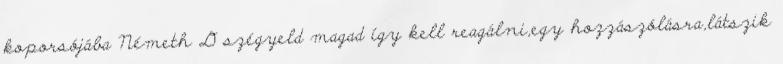
koporsójába Németh D szégyeld magad így kell reagálni,egy hozzászólásra,látszik